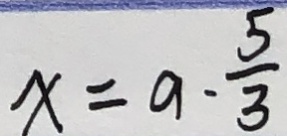
x = a \cdot \frac { 5 } { 3 }